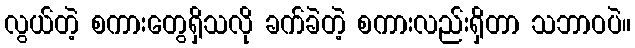
လွယ်တဲ့ စကားတွေရှိသလို ခက်ခဲတဲ့ စကားလည်းရှိတာ သဘာဝပဲ။